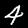
Digit: 4